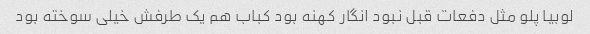
لوبیا پلو مثل دفعات قبل نبود انگار کهنه بود کباب هم یک طرفش خیلی سوخته بود